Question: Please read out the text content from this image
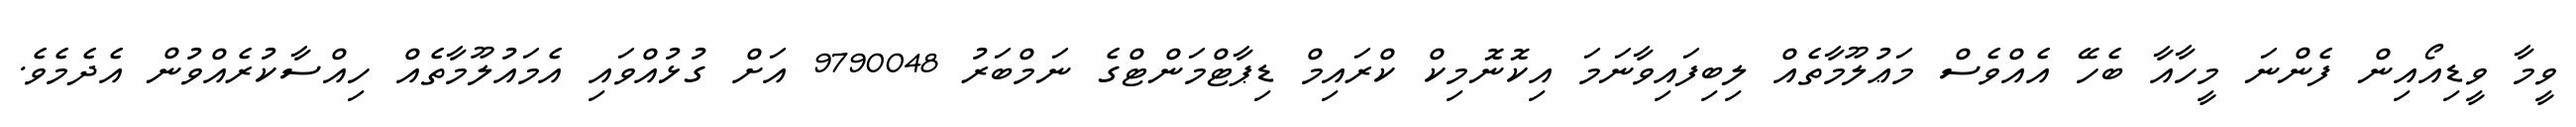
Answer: ވީމާ ވީޑިއޯއިން ފެންނަ މީހާއާ ބެހޭ އެއްވެސް މަޢުލޫމާތެއް ލިބިފައިވާނަމަ އިކޮނޮމިކް ކްރައިމް ޑިޕާޓްމަންޓްގެ ނަމްބަރު 9790048 އަށް ގުޅުއްވައި އެމައުލޫމާތެއް ހިއްސާކުރެއްވުން އެދެމެވެ.